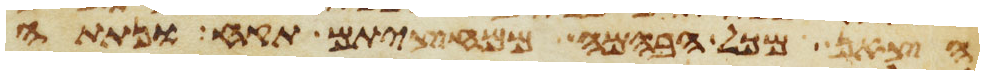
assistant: הצאן מכל הבהמה ממחציתם תקח ונתתה